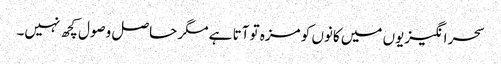
سحر انگیزیوں میں کانوں کو مزہ تو آتا ہے مگر حاصل وصول کچھ نہیں۔